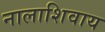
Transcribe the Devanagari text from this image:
नालाशिवाय